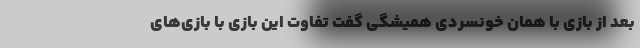
بعد از بازی با همان خونسردی همیشگی گفت تفاوت این بازی با بازی‌های